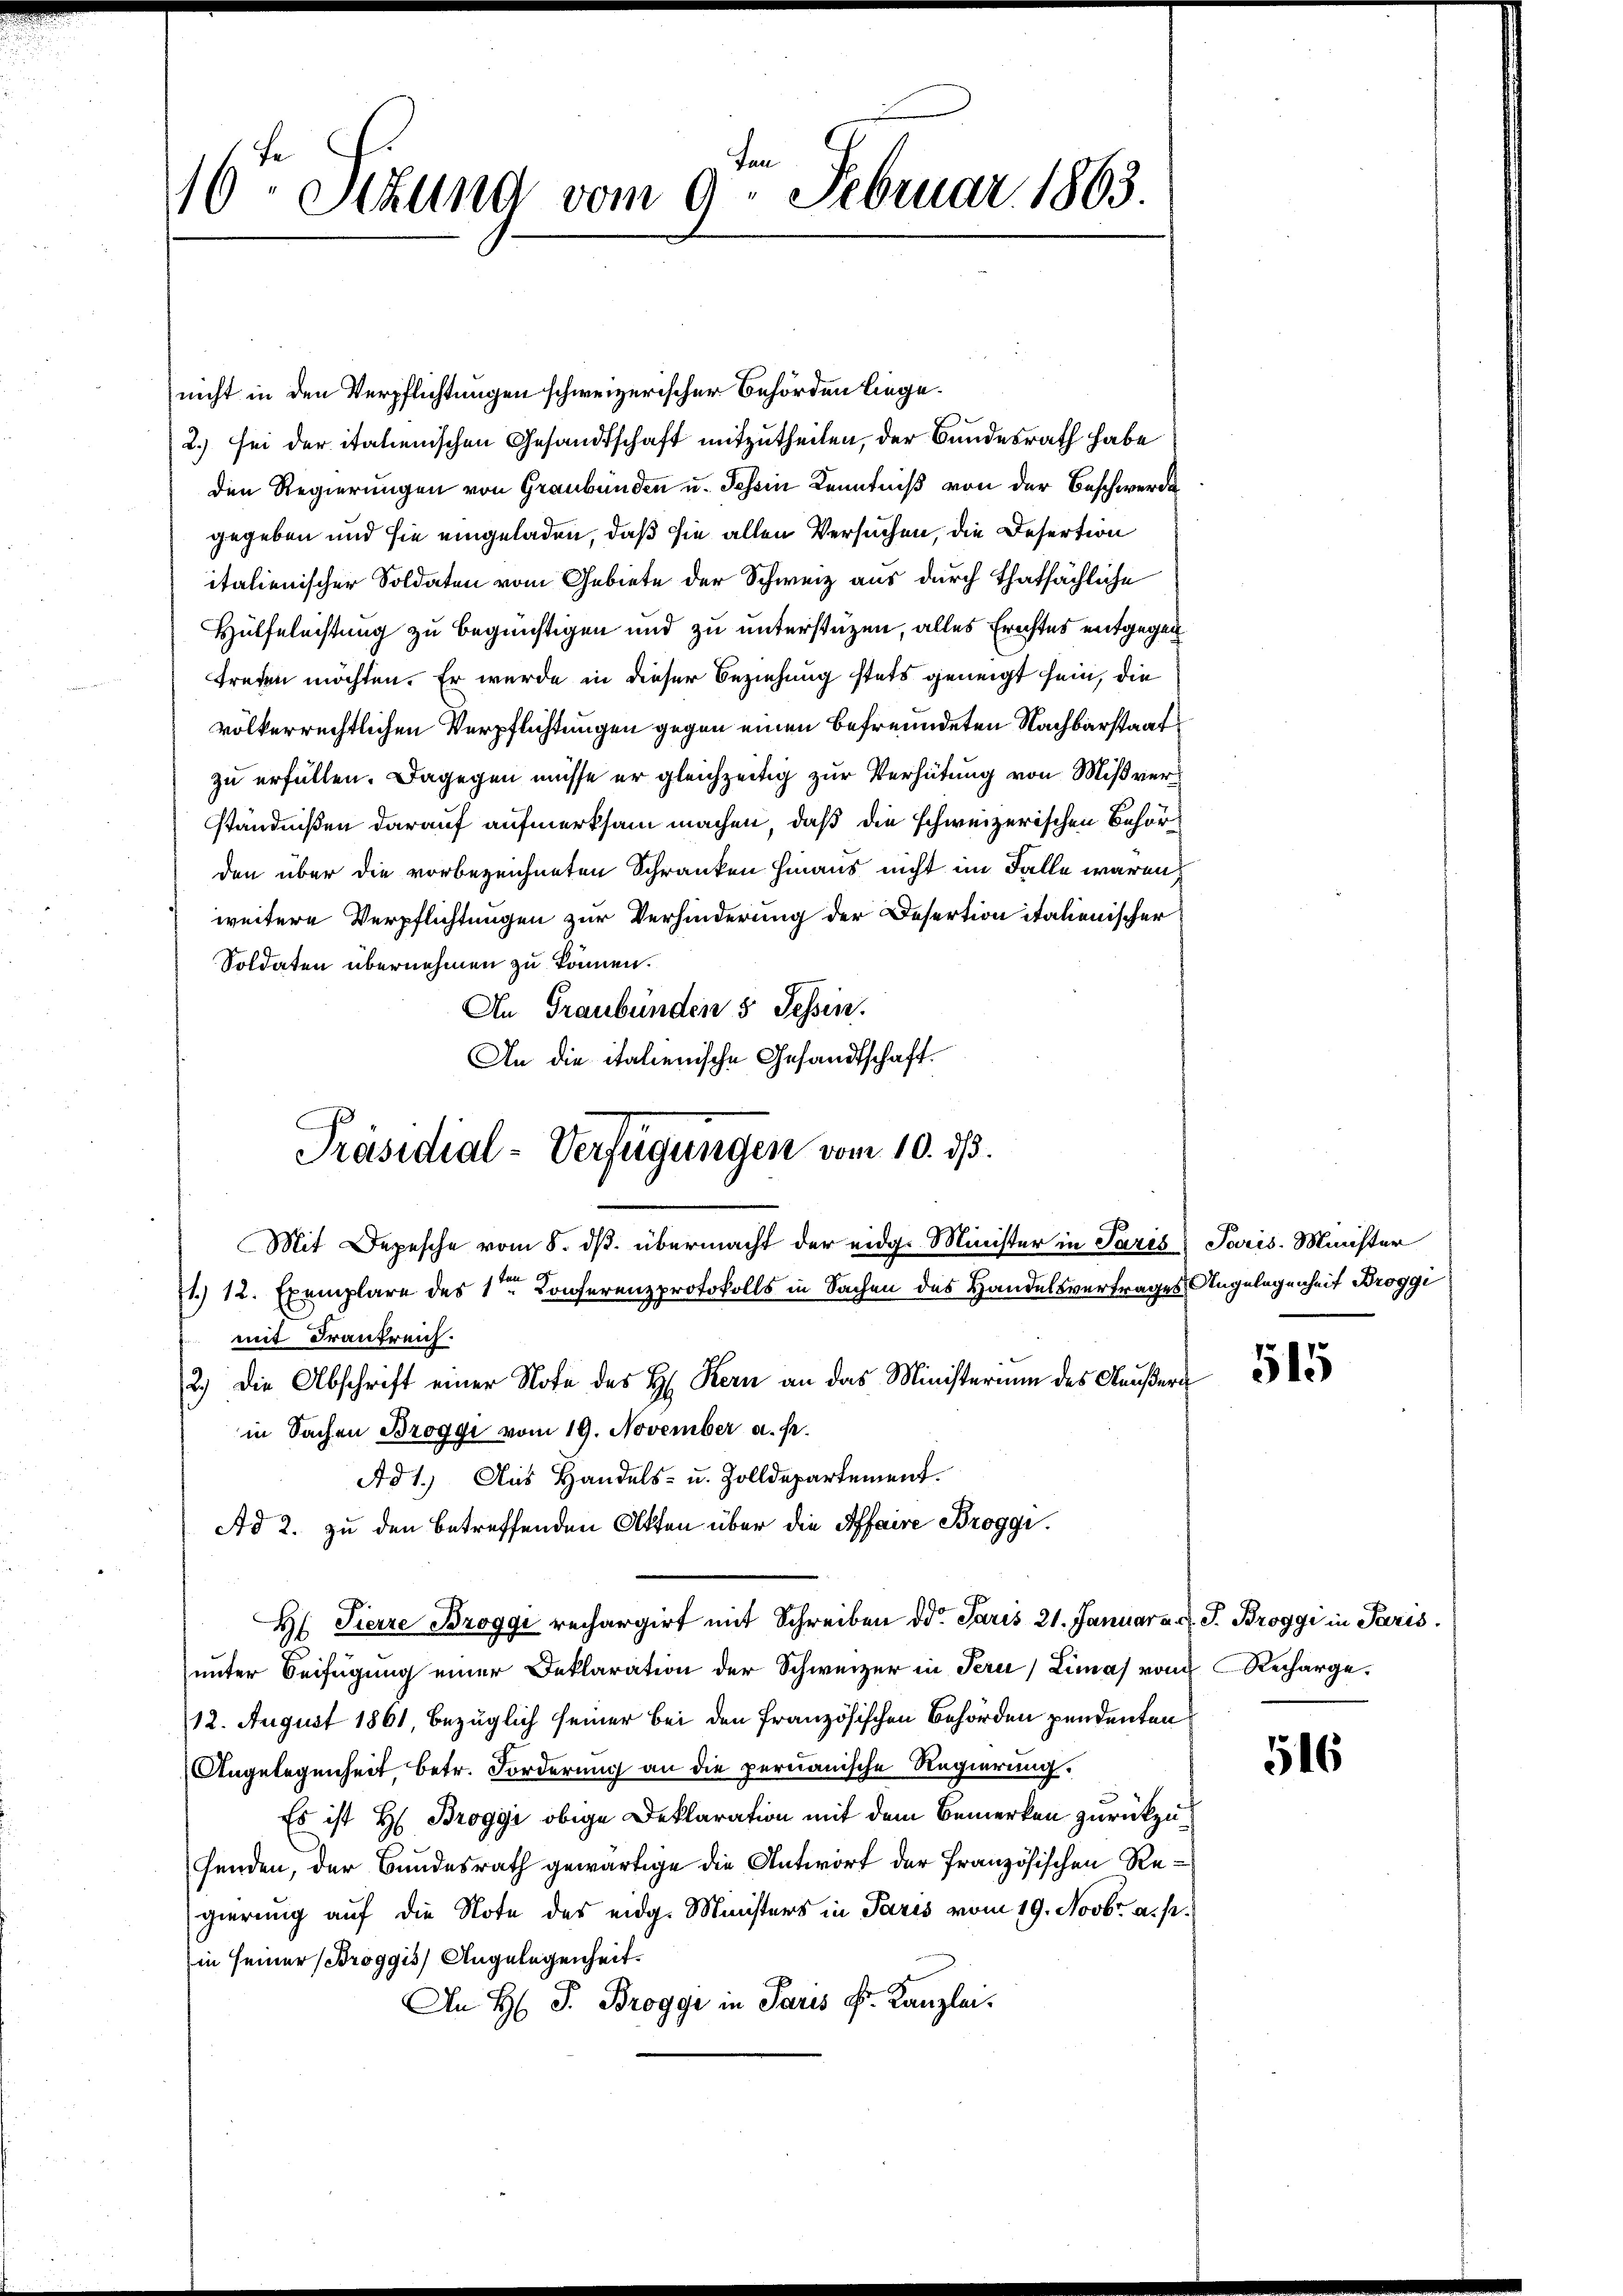
16. Stund vom 9. Februar 1863.

nicht in den Verpflichtungen schweizerischer Behörden liege.
2.) sei der italienischen Gesandtschaft mitzutheilen, der Bundesrath habe
den Regierungen von Graubünden u. Johann Kenntniß von der Beschwerde
gegeben und sie eingeladen, daß sie allen Versuchen, die Desertion
italienischer Soldaten vom Gebiete der Schweiz aus durch thatsächliche
Hülfeleistung zu begünstigen und zu unterstüzen, alles Erichtes entgegen
treten möchten. Er wurde in dieser Beziehung stets geneigt sein, die
völkerrechtlichen Verpflichtungen gegen einen befreundeten Nachbarstaat
zu erfüllen. Dagegen müsse er gleichzeitig zur Verhütung von Mißverständnißen darauf aufmerksam machen, daß die schweizerischen Behörden über die vorbezeichneten Schranken hinaus nicht im Falle waren,
weitere Verpflichtungen zur Verhinderung der Desertion italienischer
Soldaten übernehmen zu können.
An Graubünden 5 Tessin.
An die italienische Gesandtschaft.
71. 12. Exemplare des 1ten Konferenzprotokolls in Sachen des Handelsvertrages Angelegenheit Broggi
mit Frankreich.
2.) Die Abschrift einer Note des H. Kern an das Ministerium des Aeußern
in Sachen Broggi vom 19. November a. p.
Ad 1. Aus Handels- u. Zolldepartement.
Ad 2. zu den betreffenden Otten über die Affaire Broggi.
H. Fierze Broggi rechargirt mit Schreiben dd. Paris 21. Januar a. d. J. Broggi in Paris.
unter Beifügung einer Deklaration der Schweizer in Peri, Limas vom Recharge¬
12. August 1861, bezüglich seiner bei den französischen Behörden pendenten
Angelegenheit, betr. Forderung an die pernauische Regierung.
Es ist H: Broggi obige Deklaration mit dem Bemerken zurückzu¬
Fenden, der Bundesrath gewärtige die Antwort der Französischen Regierung auf die Note des eidg. Ministers in Paris vom 19. Novbr. a. p.
in seiner (Broggis, Angelegenheit.
An H. J. Broggi in Paris Sr. Kanzlei.

Präsidial-Verfügungen vom 10. ds.
Mit Depesche vom 8. ds. übermacht der eidg. Minister in Paris Paris. Minister

515

516